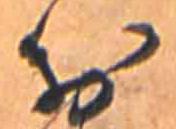
お